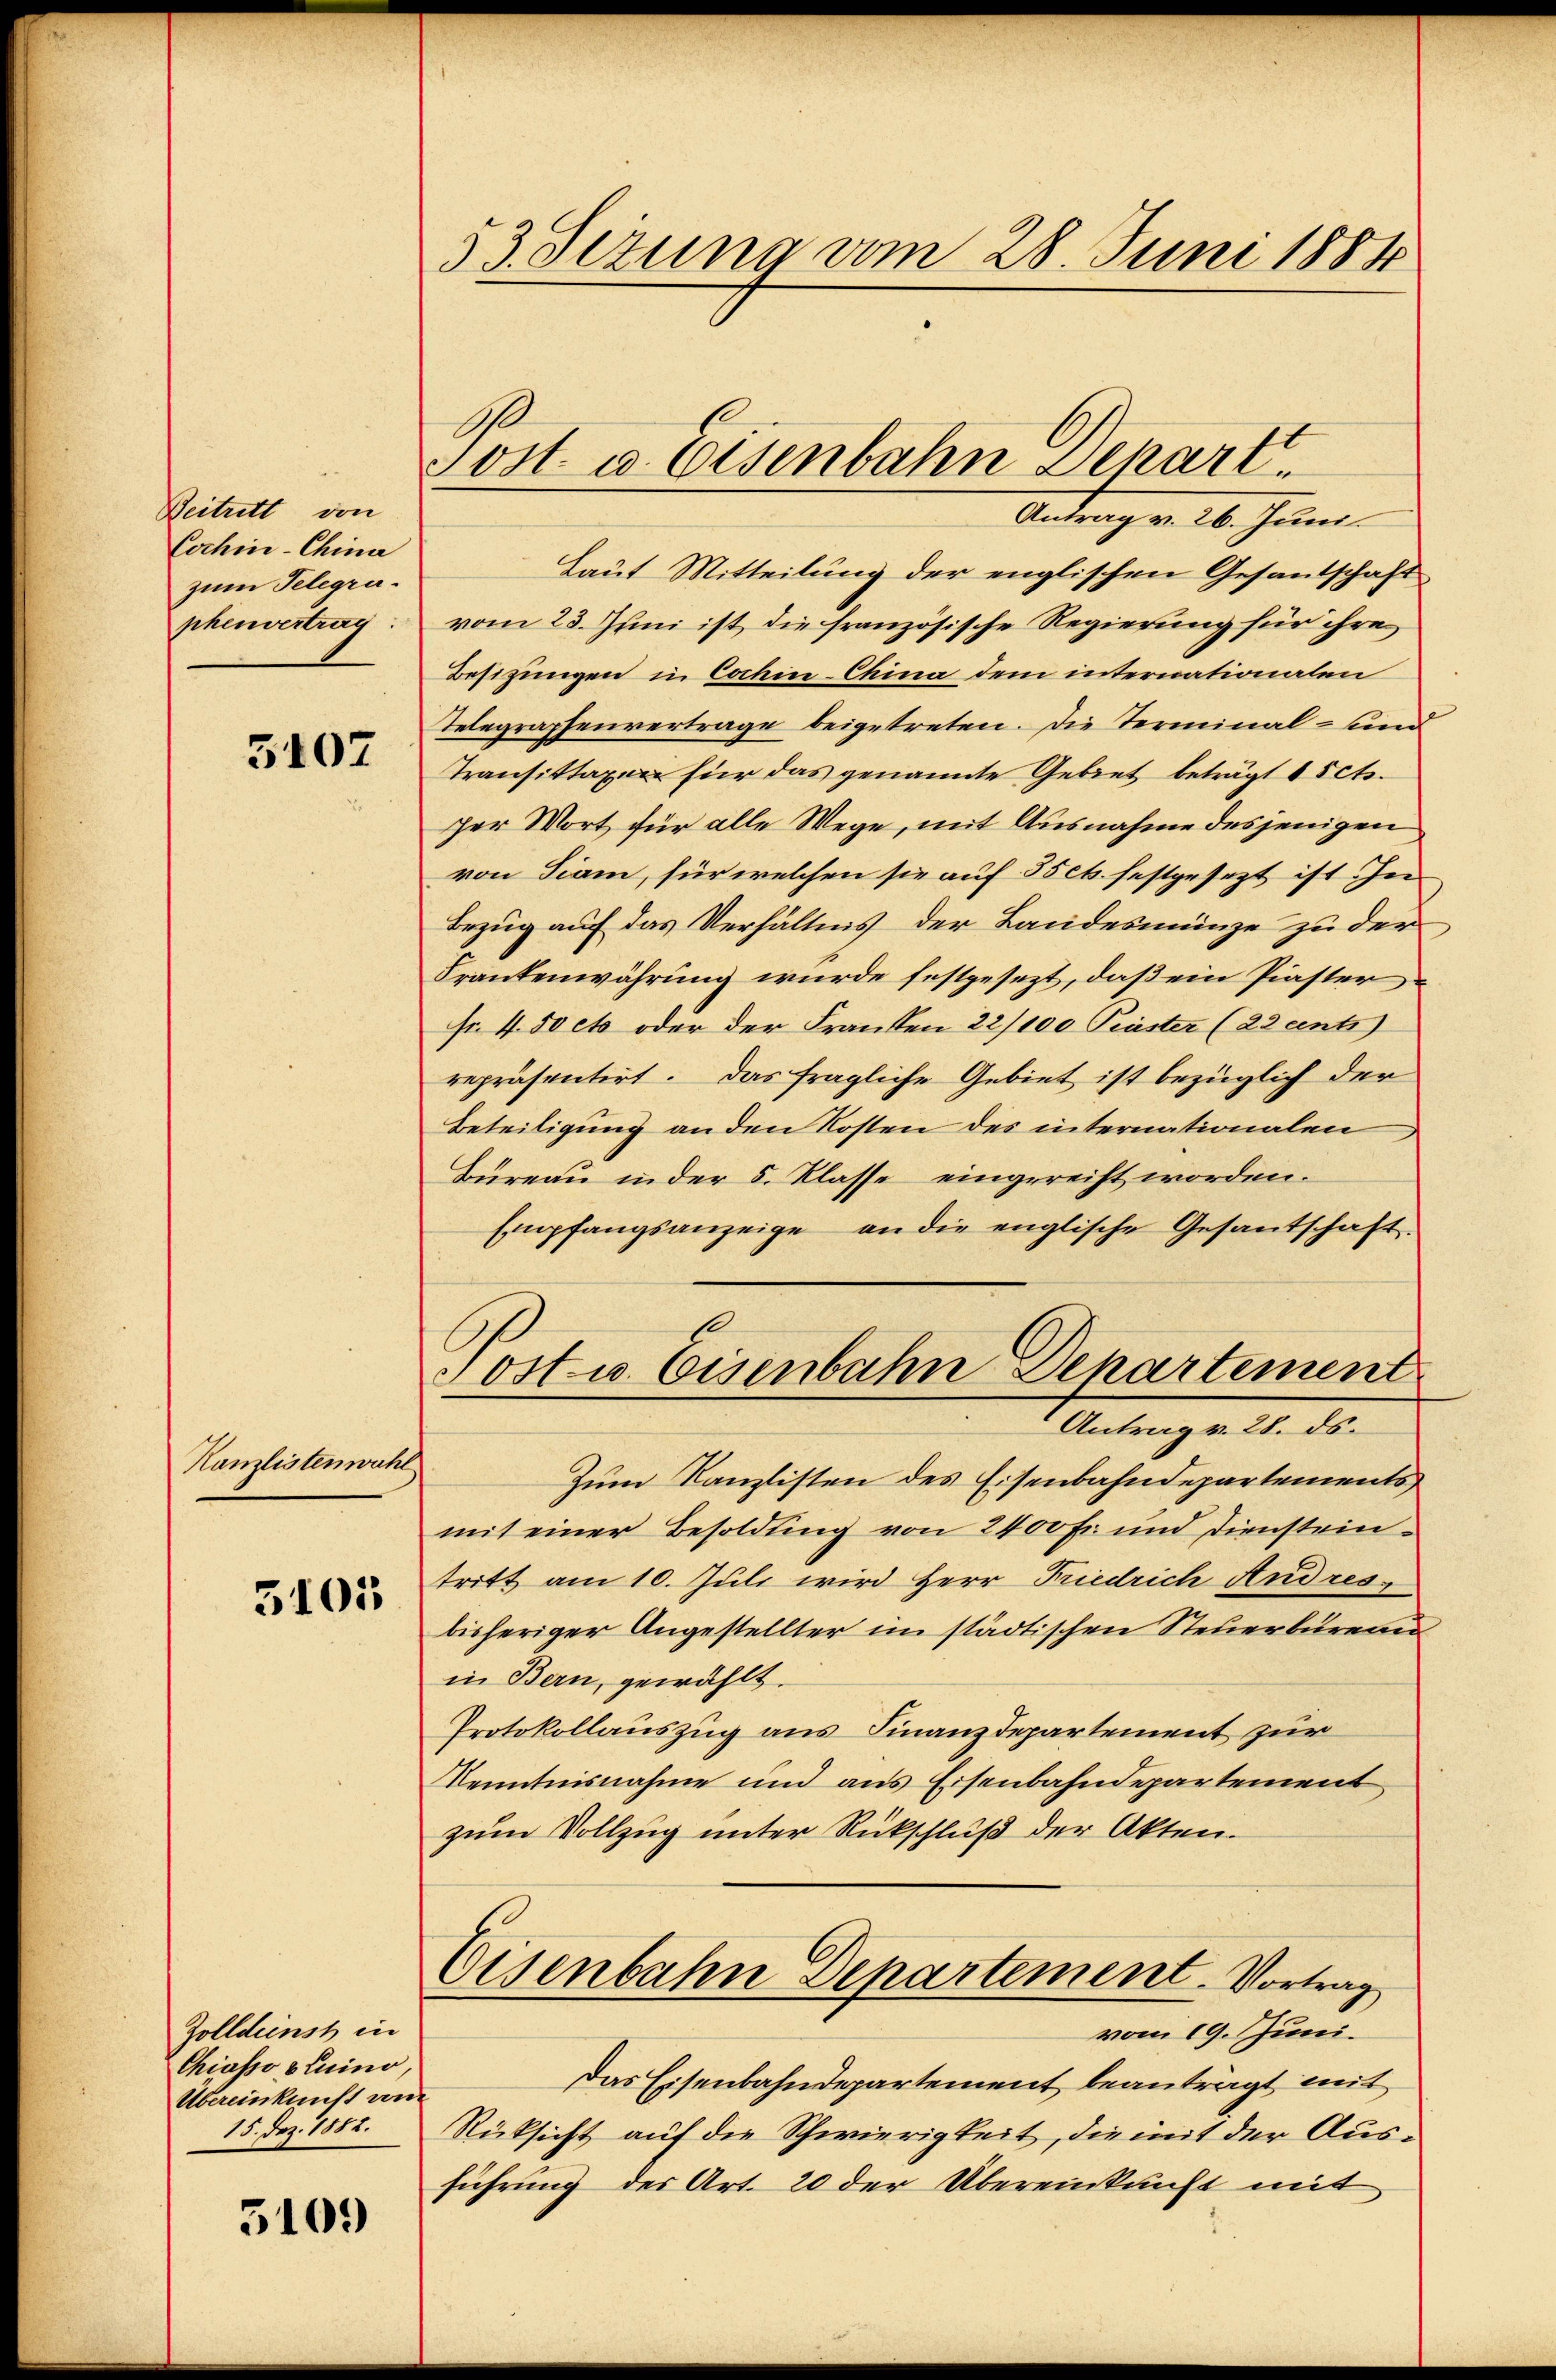
Beitritt von
Cochin-China
zum Telegraphenvertrag

5107

Kanzlistenwahl

3101

Zolldeinst in
Chiasso pluino,
Übereinkunft vom
15. Dez. 1882.

5109

53. Sezuna vom 28. Juni 1884

Jost u. Eisenbahn Depart.

Antrag v. 26. Juni
Laut Mitteilung der englischen Gesandschaft
vom 23. Juni ist, die französische Regierung für ihre
Besizungen in Cochin-China dem internationalen
Telegraphenvertrage beigetreten. Die Terminal- und
Transittaxen für das genannte Gebiet beträgt 1 5cts.
per Wort für alle Wege, mit Ausnahme desjenigen
von Fiam, für welchen sie auf 35 ct. festgesezt ist in
Bezug auf das Verhältnis der Landesmünze zu der
Frankenwährung wurde festgesezt, daß ein Piaster,
Fr. 4. 50 et oder der Franken 22/100 Praster (23 ents
repräsentirt. Das fragliche Gebiet ist bezüglich der
Beteiligung an den Kosten des internationalen
Bureau in der 5. Klasse eingereift worden.
Empfangsanzeige an die englische Gesantschaft.
Jost u. Eisenbahn Departement
Antrag v. 28. ds.
Zum Kanzlisten des Eisenbahndepartements
mit einer Besoldung von 2400 Fr. und Diensteintritt am 10. Juli wird Herr Friedrich Andres,
bisheriger Angestellter im städtischen Steuerbüreau
in Bern, gewählt.
Protokollauszug aus Finanzdepartement zur
Kenntnisnahme und aus Eisenbahndepartement
zum Vollzug unter Rückschluß der Akten.
Eisenbahn Departement. Vortrag
vom 19. Juni.
Das Eisenbahndepartement beantragt mit
Rücksicht auf die Schwierigkeit, die mit der Ausführung der Art. 20 der Übereinkunft mit